Elephants and their diseases
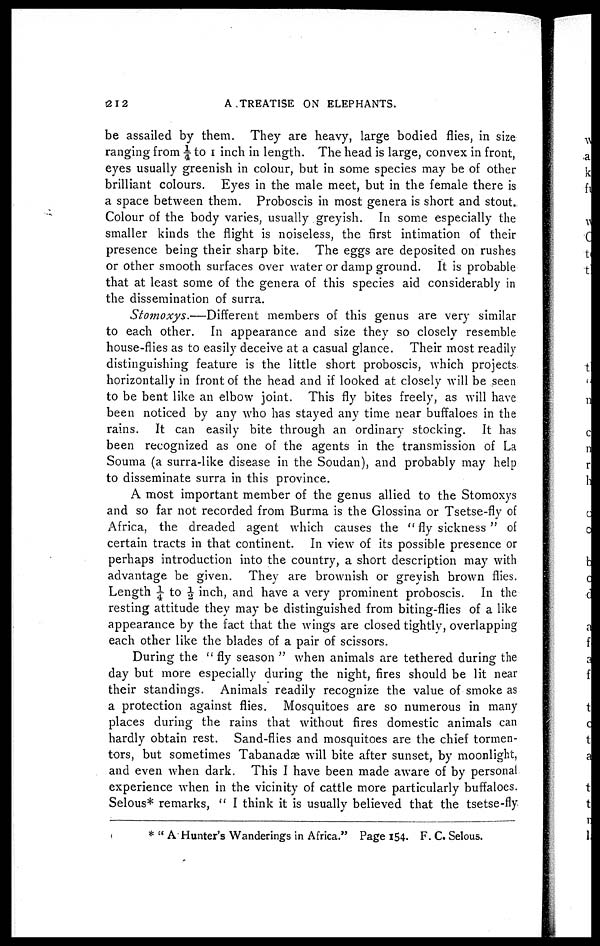
212
A TREATISE ON ELEPHANTS.
be assailed by them. They are heavy, large bodied flies, in size
ranging from ¼ to 1 inch in length. The head is large, convex in front,
eyes usually greenish in colour, but in some species may be of other
brilliant colours. Eyes in the male meet, but in the female there is
a space between them. Proboscis in most genera is short and stout.
Colour of the body varies, usually greyish. In some especially the
smaller kinds the flight is noiseless, the first intimation of their
presence being their sharp bite. The eggs are deposited on rushes
or other smooth surfaces over water or damp ground. It is probable
that at least some of the genera of this species aid considerably in
the dissemination of surra.
Stomoxys.—Different
members of this genus are very similar
to each other. In appearance and size they so closely resemble
house-flies as to easily deceive at a casual glance. Their most readily
distinguishing feature is the little short proboscis, which projects
horizontally in front of the head and if looked at closely will be seen
to be bent like an elbow joint. This fly bites freely, as will have
been noticed by any who has stayed any time near buffaloes in the
rains. It can easily bite through an ordinary stocking. It has
been recognized as one of the agents in the transmission of La
Souma (a surra-like disease in the Soudan), and probably may help
to disseminate surra in this province.
A most important member of the genus allied to the Stomoxys
and so far not recorded from Burma is the Glossina or Tsetse-fly of
Africa, the dreaded agent which causes the " fly sickness" of
certain tracts in that continent. In view of its possible presence or
perhaps introduction into the country, a short description may with
advantage be given. They are brownish or greyish brown flies.
Length ¼ to ½ inch, and have a very prominent proboscis. In the
resting attitude they may be distinguished from biting-flies of a like
appearance by the fact that the wings are closed tightly, overlapping
each other like the blades of a pair of scissors.
During the " fly season " when animals are tethered during the
day but more especially during the night, fires should be lit near
their standings. Animals readily recognize the value of smoke as
a protection against flies. Mosquitoes are so numerous in many
places during the rains that without fires domestic animals can
hardly obtain rest. Sand-flies and mosquitoes are the chief tormen-
tors, but sometimes Tabanadæ will bite after sunset, by moonlight,
and even when dark. This I have been made aware of by personal
experience when in the vicinity of cattle more particularly buffaloes.
Selous* remarks, " I think it is usually believed that the tsetse-fly
* " A Hunter's Wanderings in Africa." Page 154. F. C. Selous.